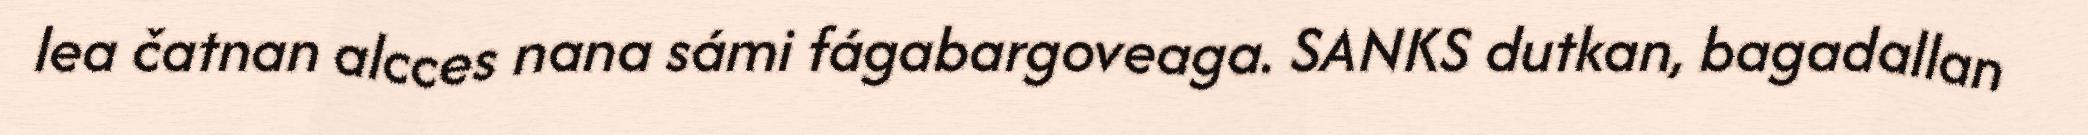
lea čatnan alcces nana sámi fágabargoveaga. SANKS dutkan, bagadallan